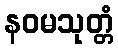
နဝမသုတ္တံ